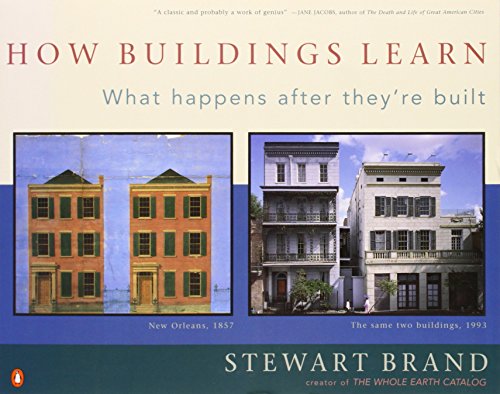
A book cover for How Buildings Learn: What Happens After They're Built; Stewart Brand; Arts & Photography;